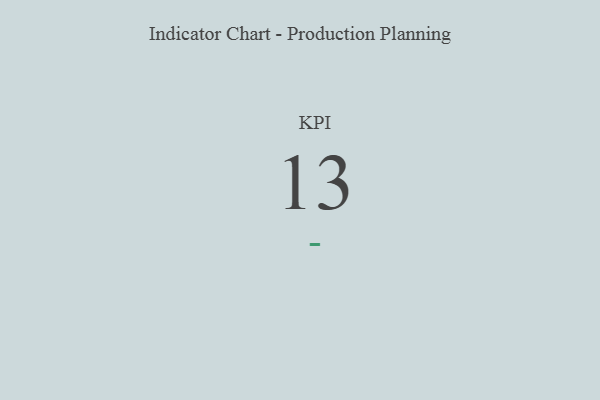
{"axis": {"x": "KPI", "y": "Value"}, "legend": [""], "data": [{"x": "KPI", "y": 13, "type": ""}]}